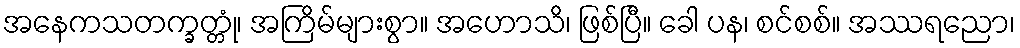
အနေကသတက္ခတ္တုံ၊ အကြိမ်များစွာ။ အဟောသိ၊ ဖြစ်ပြီ။ ခေါ ပန၊ စင်စစ်။ အဿရညော၊